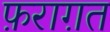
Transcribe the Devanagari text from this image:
फ़राग़त